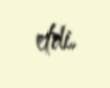
etdi.